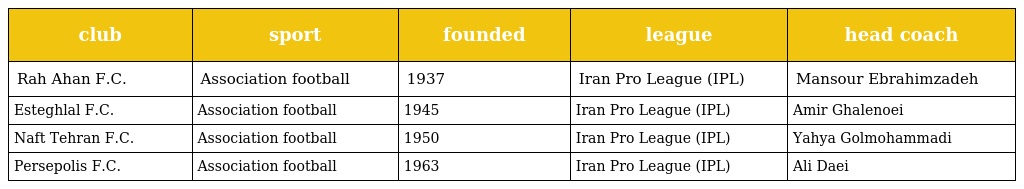
| club | sport | founded | league | head coach |
 | --- | --- | --- | --- | --- |
 | Rah Ahan F.C. | Association football | 1937 | Iran Pro League (IPL) | Mansour Ebrahimzadeh |
 | Esteghlal F.C. | Association football | 1945 | Iran Pro League (IPL) | Amir Ghalenoei |
 | Naft Tehran F.C. | Association football | 1950 | Iran Pro League (IPL) | Yahya Golmohammadi |
 | Persepolis F.C. | Association football | 1963 | Iran Pro League (IPL) | Ali Daei |